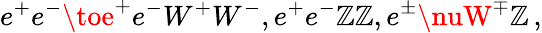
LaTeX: e^{+}e^{-}\toe^{+}e^{-}W^{+}W^{-},e^{+}e^{-}\mathbb{Z}\mathbb{Z},e^{\pm}\nuW^{\mp}\mathbb{Z}\, ,